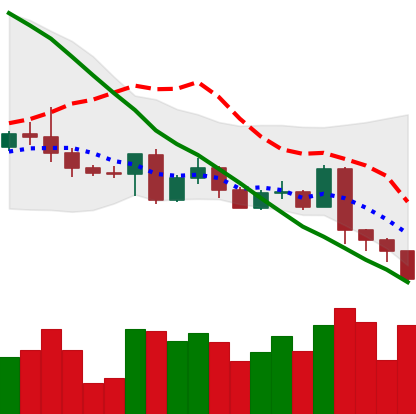
Ticker: BTC-USD
Chart end date: 2022-05-08
Forward return: -14.023%
Label: down_7plus